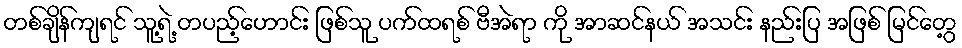
တစ်ချိန်ကျရင် သူ့ရဲ့ တပည့်ဟောင်း ဖြစ်သူ ပက်ထရစ် ဗီအဲရာ ကို အာဆင်နယ် အသင်း နည်းပြ အဖြစ် မြင်တွေ့